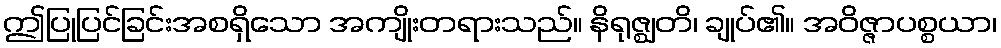
ဤပြုပြင်ခြင်းအစရှိသော အကျိုးတရားသည်။ နိရုဇ္ဈတိ၊ ချုပ်၏။ အဝိဇ္ဇာပစ္စယာ၊